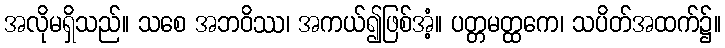
အလိုမရှိသည်။ သစေ အဘဝိဿ၊ အကယ်၍ဖြစ်အံ့။ ပတ္တမတ္ထကေ၊ သပိတ်အထက်၌။